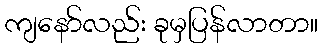
ကျနော်လည်း ခုမှပြန်လာတာ။